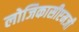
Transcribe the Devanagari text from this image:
लोजिकासीएमजी